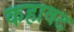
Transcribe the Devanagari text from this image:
कहावट